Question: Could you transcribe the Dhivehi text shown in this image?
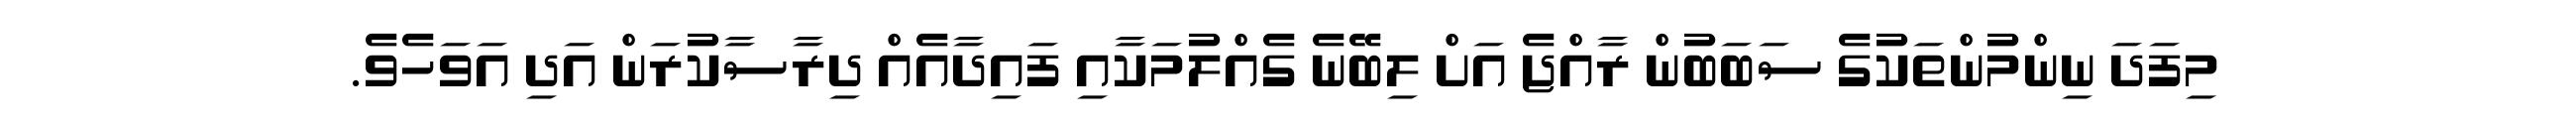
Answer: މިފަދަ ނިންމުންތަކުގެ ސަބަބުން ރާއްޖެ އަށް ލިބޭނެ ގެއްލުމަކާއި ފައިދާއެއް ދިރާސާކުރަން އަދި އަވަހެވެ.